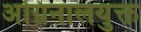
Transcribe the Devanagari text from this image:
अग्निनालयुक्त